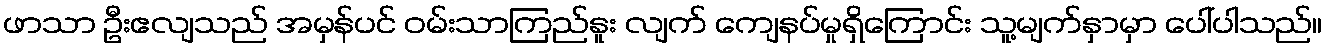
ဖာသာ ဦးဧလျသည် အမှန်ပင် ဝမ်းသာကြည်နူး လျက် ကျေနပ်မှုရှိကြောင်း သူ့မျက်နှာမှာ ပေါ်ပါသည်။